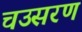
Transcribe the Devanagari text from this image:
चउसरण